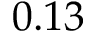
0 . 1 3